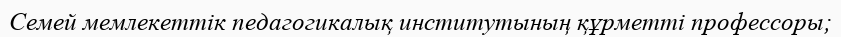
Семей мемлекеттік педагогикалық институтының құрметті профессоры;